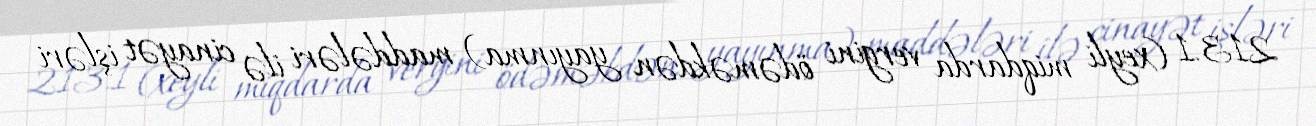
213.1 (xeyli miqdarda vergini ödəməkdən yayınma) maddələri ilə cinayət işləri